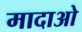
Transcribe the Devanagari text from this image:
मादाओ